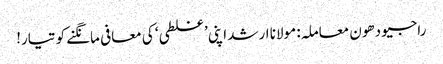
راجیو دھون معاملہ: مولانا ارشد اپنی ’غلطی‘ کی معافی مانگنے کو تیار!